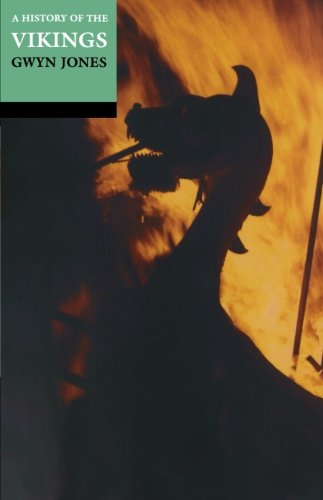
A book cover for A History of the Vikings; Gwyn Jones; History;